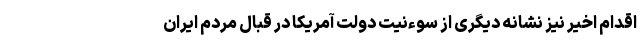
اقدام اخیر نیز نشانه دیگری از سوءنیت دولت آمریکا در قبال مردم ایران